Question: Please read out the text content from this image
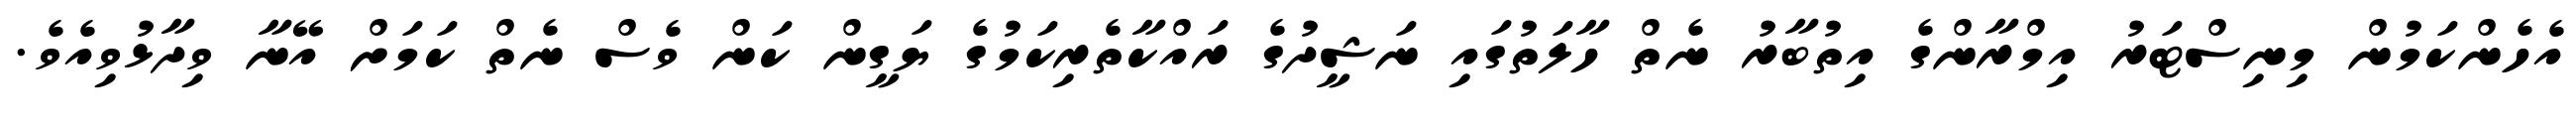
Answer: އެހެންކަމުން މިނިސްޓަރު އިމްރާންގެ އިތުބާރު ނެތް ހާލަތުގައި ނަޝީދުގެ ރައްކާތެރިކަމުގެ ޔަގީން ކަން ވެސް ނެތް ކަމަށް އޭނާ ވިދާޅުވިއެވެ.